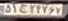
۵۱ج۲۴۷۶۷